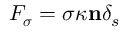
\boldsymbol { F _ { \sigma } } = \sigma \kappa \mathbf { n } \delta _ { s }